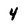
Character: 4